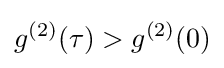
g^{(2)}(\tau )>g^{(2)}(0)